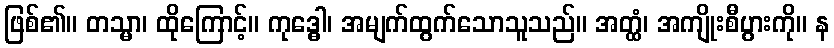
ဖြစ်၏။ တသ္မာ၊ ထိုကြောင့်။ ကုဒ္ဓေါ၊ အမျက်ထွက်သောသူသည်။ အတ္ထံ၊ အကျိုးစီပွားကို။ န